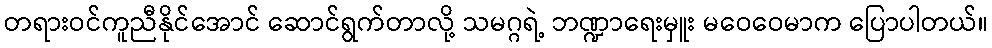
တရားဝင်ကူညီနိုင်အောင် ဆောင်ရွက်တာလို့ သမဂ္ဂရဲ့ ဘဏ္ဍာရေးမှူး မဝေဝေမာက ပြောပါတယ်။